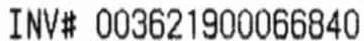
INV# 003621900066840